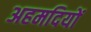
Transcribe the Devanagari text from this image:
अहमदियों